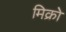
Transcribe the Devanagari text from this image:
मिक्रो